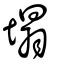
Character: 塌